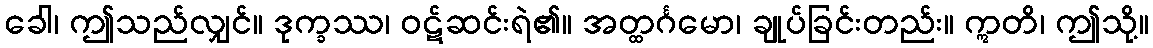
ခေါ၊ ဤသည်လျှင်။ ဒုက္ခဿ၊ ဝဋ်ဆင်းရဲ၏။ အတ္ထင်္ဂမော၊ ချုပ်ခြင်းတည်း။ ဣတိ၊ ဤသို့။